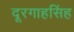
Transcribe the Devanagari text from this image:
दूरगाहसिंह